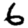
Digit: 6